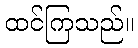
ထင်ကြသည်။